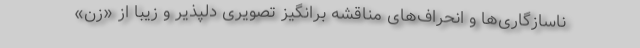
ناسازگاری‌ها و انحراف‌های مناقشه برانگیز تصویری دلپذیر و زیبا از «زن»